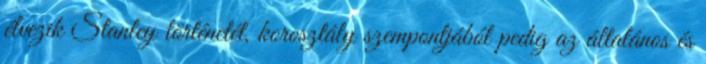
élvezik Stanley történetét, korosztály szempontjából pedig az általános és